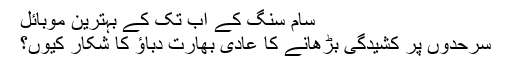
سام سنگ کے اب تک کے بہترین موبائل
سرحدوں پر کشیدگی بڑھانے کا عادی بھارت دباؤ کا شکار کیوں؟